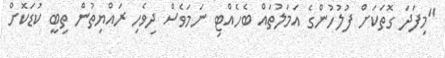
"މިފަދަ ގޮތަކަށް ފުލުހުންގެ އަމަލުތައް ބެހެއްޓި ނަމަވެސް ދިވެހި ރައްޔިތުން ތިބީ ކުޑަކޮށް